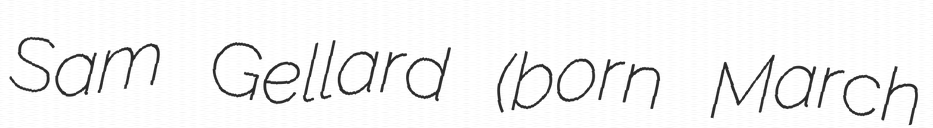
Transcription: Sam Gellard (born March